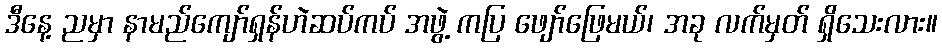
ဒီနေ့ ညမှာ နာမည်ကျော်ရှန်ဟဲဆပ်ကပ် အဖွဲ့ ကပြ ဖျော်ဖြေမယ်၊ အခု လက်မှတ် ရှိသေးလား။